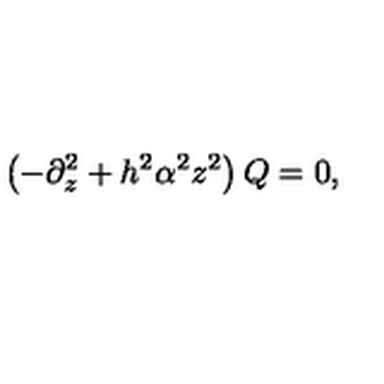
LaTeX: \left( - \partial _ { z } ^ { 2 } + h ^ { 2 } \alpha ^ { 2 } z ^ { 2 } \right) Q = 0 ,